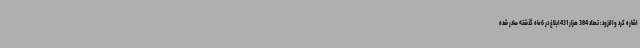
اشاره کرد و افزود: تعداد 384 هزار 431 ابلاغ در 6ماه گذشته صادر شده